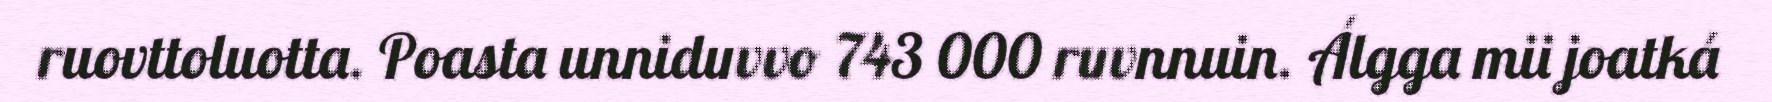
ruovttoluotta. Poasta unniduvvo 743 000 ruvnnuin. Álgga mii joatká